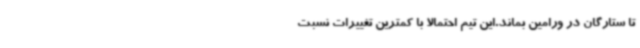
تا ستارگان در ورامین بماند.این تیم احتمالا با کمترین تغییرات نسبت